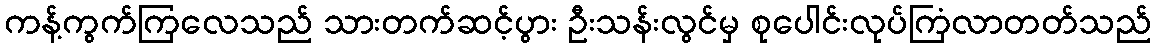
ကန့်ကွက်ကြလေသည် သားတက်ဆင့်ပွား ဦးသန်းလွင်မှ စုပေါင်းလုပ်ကြံလာတတ်သည်